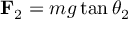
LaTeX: \mathbf { F } _ { 2 } = m g \tan \theta _ { 2 }